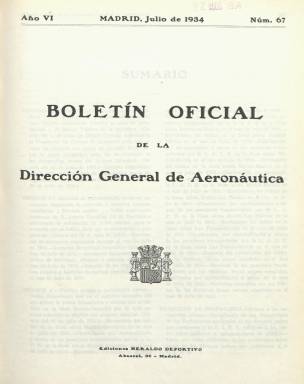
Título: Boletín oficial de la Dirección General de Aeronáutica
Colección: Aviación
Ámbito geográfico: Madrid
Lugar de publicación: Madrid
Fechas: 01/07/1934-31/07/1936